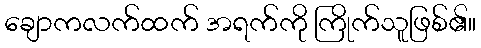
ချောကလက်ထက် အရက်ကို ကြိုက်သူဖြစ်၏။